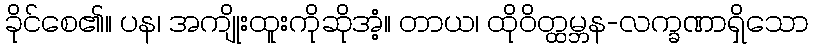
ခိုင်စေ၏။ ပန၊ အကျိုးထူးကိုဆိုအံ့။ တာယ၊ ထိုဝိတ္ထမ္ဘန-လက္ခဏာရှိသော